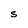
Character: S